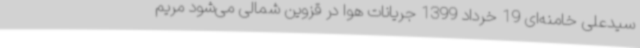
سیدعلی خامنه‌ای 19 خرداد 1399 جریانات هوا در قزوین شمالی می‌شود مریم